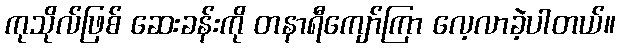
ကုသိုလ်ဖြစ် ဆေးခန်းကို တနာရီကျော်ကြာ လေ့လာခဲ့ပါတယ်။